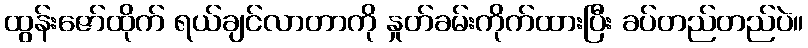
ထွန်းဇော်ထိုက် ရယ်ချင်လာတာကို နှုတ်ခမ်းကိုက်ထားပြီး ခပ်တည်တည်ပဲ။